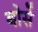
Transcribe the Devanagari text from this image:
बोर्से